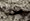
جعلي